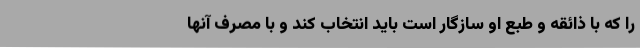
را که با ذائقه و طبع او سازگار است باید انتخاب کند و با مصرف آنها